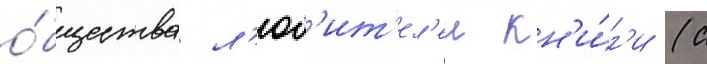
о́бщества л'юб'ит'ел'еи кн'и́г'и (с